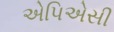
એપિએસી